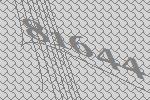
81644